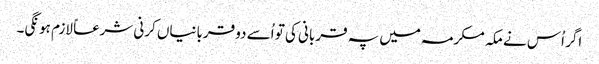
اگر اُس نے مکہ مکرمہ میں پہ قربانی کی تو اُسے دو قربانیاں کرنی شرعاً لازم ہونگی۔